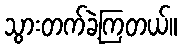
သွားတက်ခဲ့ကြတယ်။